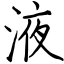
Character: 液